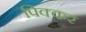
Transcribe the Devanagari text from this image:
पिक्कर